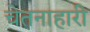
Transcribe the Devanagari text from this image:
चेतनाहारी